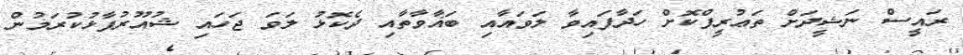
ރައީސް ނަޝީދަށް ތަޢުރީފްކޮށް ހަދާފައިވާ ލަވައާއި ބަޣާވާތާއި ދެކޮޅު ލަވަ ޖަހައި ޝުއޫރުފާޅުކުރަމުން